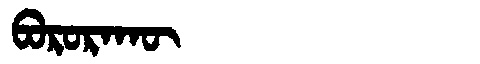
Manchu: ᠪᠣᡵᠣᡵᠠᡴᡡ
Romanization: BORORAKŪ